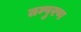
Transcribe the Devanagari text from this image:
तम्पुरण